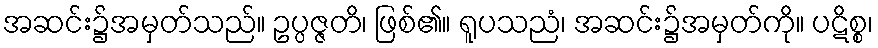
အဆင်း၌အမှတ်သည်။ ဥပ္ပဇ္ဇတိ၊ ဖြစ်၏။ ရူပသညံ၊ အဆင်း၌အမှတ်ကို။ ပဋိစ္စ၊